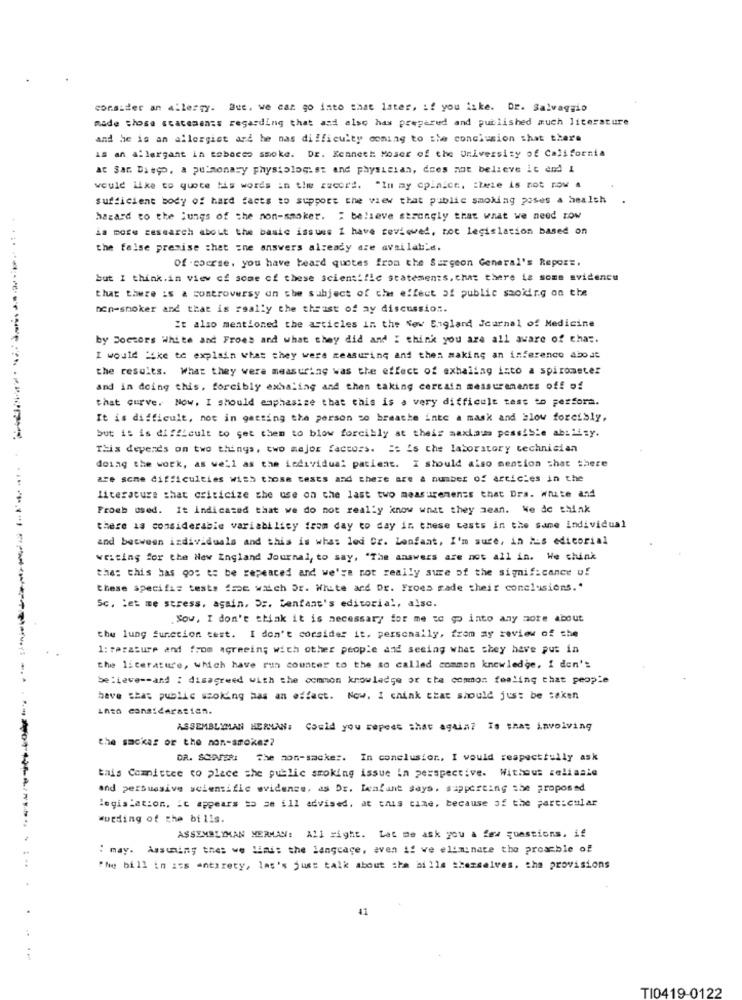
consider an allergy. Que. we can go into that later, if you iske. DE. Salvaggio
made those statements regarding that and also has prepared and published much literature
and he is an allergiot ard he nas difficulty coming to the conclusion that there
is an allergant in tobacco smoke. DE. Kenneth Moser of the University of California
AC San Diego, a pulmonary physiologist and physician, does not believe it end 1
would Like to quote his words in the record. "In my cpinice. ilwie is not now a
sufficient body of hard facts to support the view that public smoking poses a health
hazard to the jungs of the non-smoker. : believe strongly that what we need row
is more research about the basic issues I have reviewed, not legislation based on
the false premise that =ne answers already are available.
Of - coerse, you have heard quotes from the Surgeon General's Repor =.
but I think.in view of some of these scientific statements. chat there is some evidence
that there is & controversy on the subject of the effect of public saokirg on the
non-smoker and that is really the thrust of ay discussion.
It also mentioned the articles in the New England Journal of Medicine
by Doctors White and Froes and what they did and I think you are all aware of char.
I would "4ke te explain what they were measuring and then making an inference about
the results. What they were measuring was the effect of exhaling into a spirometer
and in doing this, forcibly exhaling and then taking certain measurements off of
that curve. Now. I should emphasize that this is a very difficult test to perfora.
It is difficult, not in getting the person to breathe inte a mask and blow forcibly,
but it is difficult to get them to blow forcibly at their maxiaus possible ability.
This depends on two things, two major factors. == is che laboratory technician
doing the work, as well as the individual patient. I should also mention that there
are some difficulties with those tests and there are a number of articles in the
literature that criticize the use on the last two measurements that Dra. White and
Froeh osed. It indicated that we do not really know what they mean. We de think
there is considerable variability from day to day in these tests in the same individual
and between individuals and this is whas led Cr. Lenfant, I'm sure, in His editorial
waiting for the New England Journal, to say, "The answers are not all in. We chink
the: this has gos to be repeated and we're not really sure of the significance of
these specific tests #me watch Dr. White ard Dr. Froes made their conclusions."
Sc. Let me stress. again, Dr. "enfant's editorial, alsc.
Sow, I don't think it is necessary for me to go into any more about
the lung function test. I don't corsider it. personally, from ay review of the
1: Forature and from agreeing with other people and seeing what they have put in
the literature, which have run counter to the so called common knowledge, i don't
believe -- and : disagreed with the common knowledge or the common foaling that people
have that public ssoking has an effect. Now. I chink that should just be taken
into consideration.
ASSEMBLYMAN HERMAN: Could you repect that again? Is that involving
the smokes or the non-smoke ??
DR. SCHONFERI
The mon-sacke :. In conclusion, I would respecttully ask
this Committee to place the public smoking issue in perspective. Without zeliaale
and persuasive scientific evidence, as Dr. Ienfunt says, supporting the proposed
legislation. it appears to se ill advised, at this time, because of the particular
wweding of the bills.
ASSEMBLYMAN MERMAN: All right. Let me ask you a few questions, if
:may. Assuming that we limis the language, even if ve eliminate the proacble of
:
"he bill in its entirety, las's just talk about the billa themselves. the provisions
41
TI0419-0122